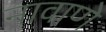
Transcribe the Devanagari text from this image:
नावाणे